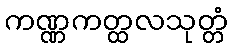
ကဏ္ဏကတ္ထလသုတ္တံ